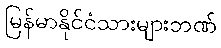
မြန်မာနိုင်ငံသားများဘဏ်